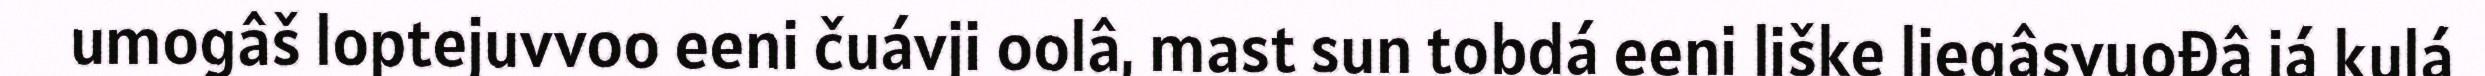
umogâš loptejuvvoo eeni čuávji oolâ, mast sun tobdá eeni liške liegâsvuođâ já kulá